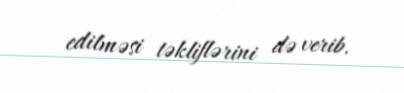
edilməsi təkliflərini də verib.